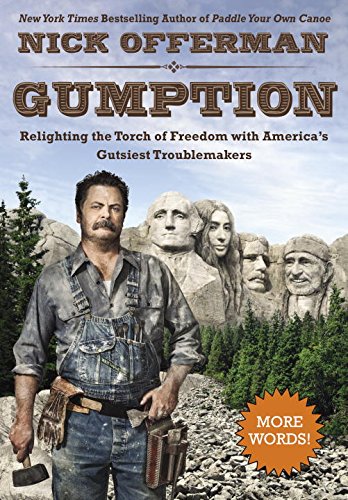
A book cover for Gumption: Relighting the Torch of Freedom with America's Gutsiest Troublemakers; Nick Offerman; Humor & Entertainment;